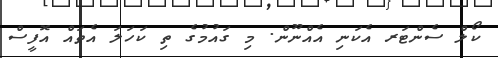
ކޯލް ސެންޓަރ އެކަނި އެއްނޫން. މި ގައުމުގެ ތި ކަހަލަ އެތައް އޮފީސް